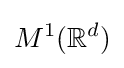
M^{1}(\mathbb {R} ^{d})